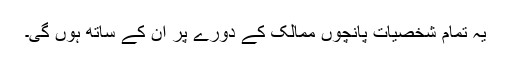
یہ تمام شخصیات پانچوں ممالک کے دورے پر ان کے ساتھ ہوں گی۔